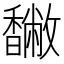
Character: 𩡡